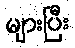
များပြီး